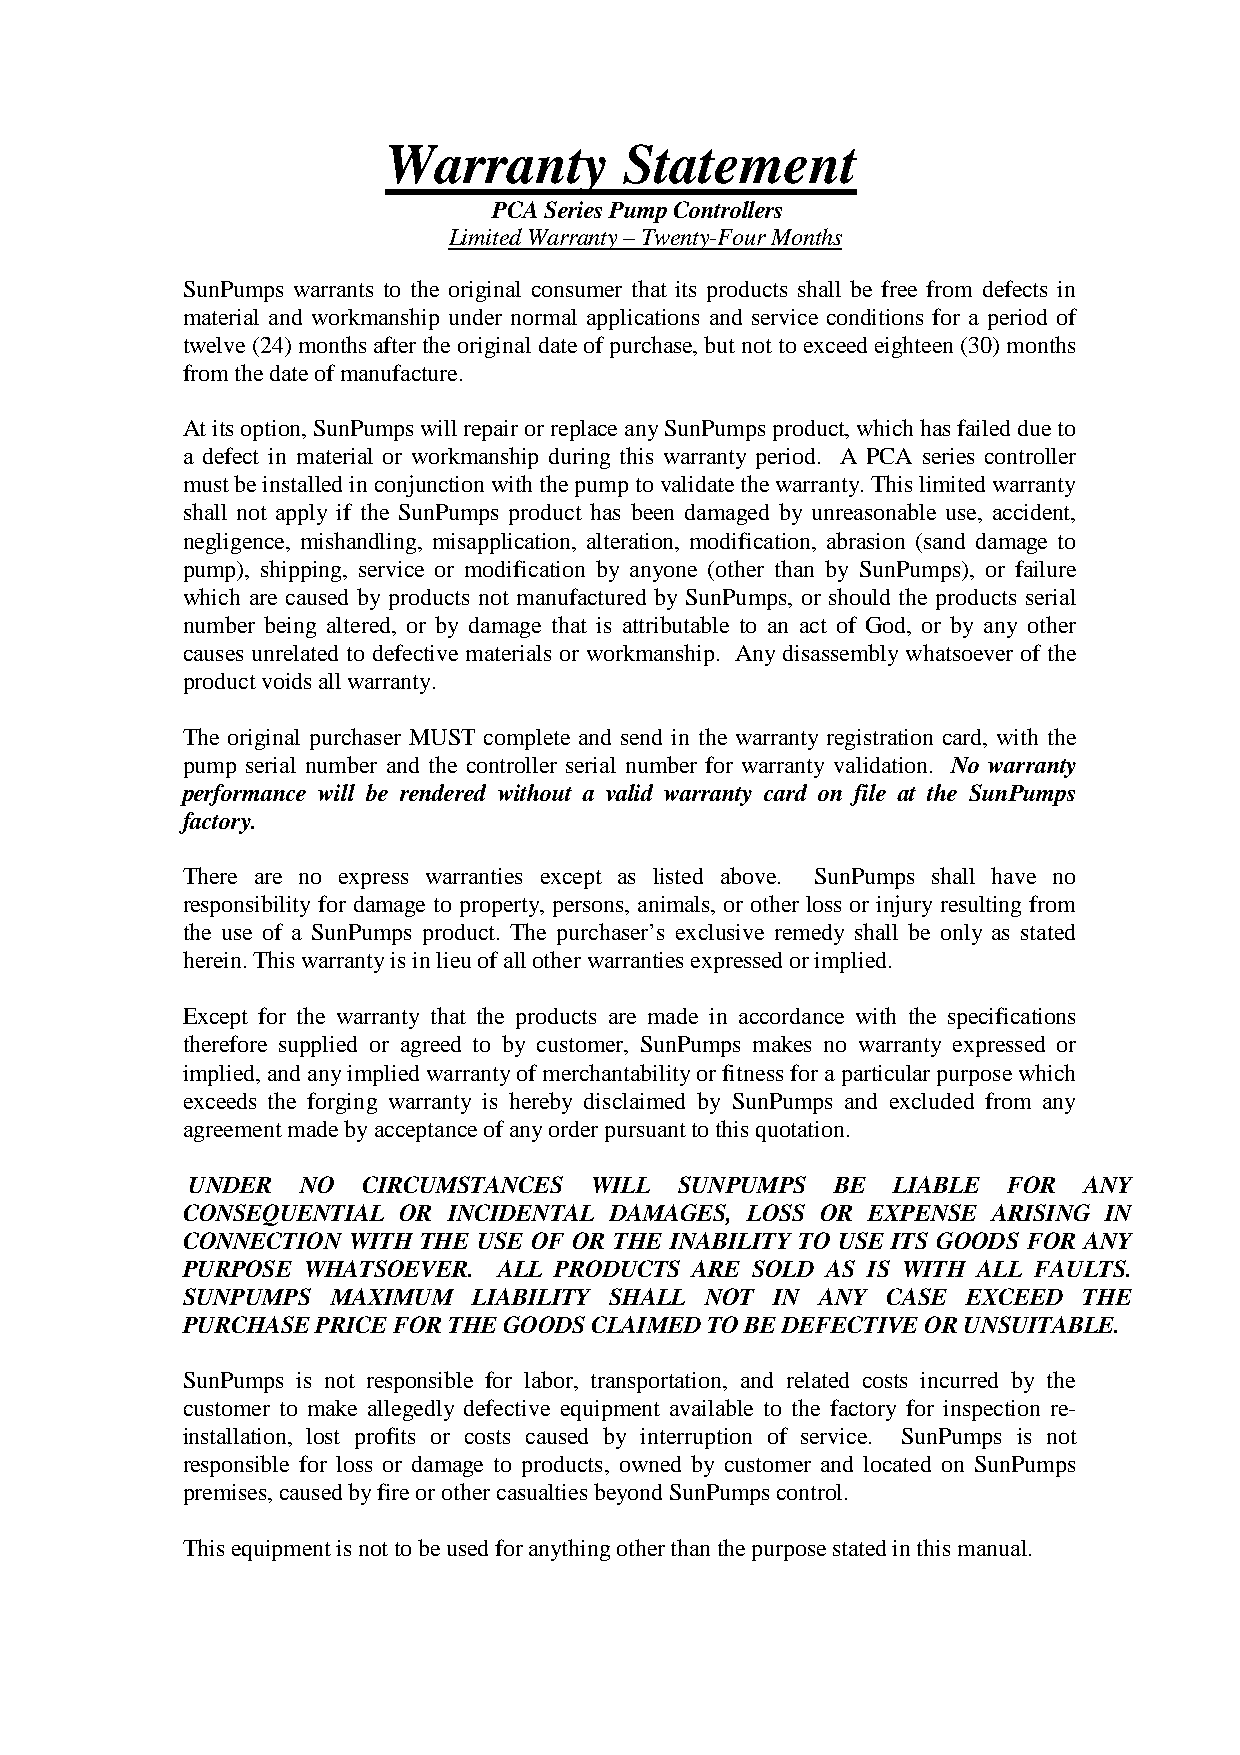
Warranty        Statement
 PCASeriesPumpControllers
 LimitedWarranty–Twenty-FourMonths
 SunPumps warrants to the original consumer that its products shall be free from defects in
 material and workmanship under normal applications and service conditions for a period of
 twelve(24)monthsaftertheoriginaldateofpurchase,butnottoexceedeighteen(30)months
 fromthedateofmanufacture.
 Atitsoption,SunPumpswillrepairorreplaceanySunPumpsproduct,whichhasfaileddueto
 a defect in material or workmanship during this warranty period. A PCA series controller
 mustbeinstalledinconjunctionwiththepumptovalidatethewarranty.Thislimitedwarranty
 shall not apply if the SunPumps product has been damaged by unreasonable use, accident,
 negligence, mishandling, misapplication, alteration, modification, abrasion (sand damage to
 pump), shipping, service or modification by anyone (other than by SunPumps), or failure
 which are caused by products not manufactured by SunPumps, or should the products serial
 number being altered, or by damage that is attributable to an act of God, or by any other
 causes unrelated to defective materials or workmanship. Any disassemblywhatsoever of the
 productvoidsallwarranty.
 The original purchaser MUST complete and send in the warranty registration card, with the
 pump serial number and the controller serial number for warranty validation. No warranty
 performance will be rendered without a valid warranty card on file at the SunPumps
 factory.
 There are no express warranties except as listed above. SunPumps shall have no
 responsibility for damage to property, persons, animals, or other loss or injury resulting from
 the use of a SunPumps product. The purchaser’s exclusive remedy shall be only as stated
 herein.Thiswarrantyisinlieuofallotherwarrantiesexpressedorimplied.
 Except for the warranty that the products are made in accordance with the specifications
 therefore supplied or agreed to by customer, SunPumps makes no warranty expressed or
 implied,andanyimpliedwarrantyofmerchantabilityorfitnessforaparticularpurposewhich
 exceeds the forging warranty is hereby disclaimed by SunPumps and excluded from any
 agreementmadebyacceptanceofanyorderpursuanttothisquotation.
 UNDER   NO  CIRCUMSTANCES  WILL  SUNPUMPS  BE  LIABLE  FOR  ANY
 CONSEQUENTIAL OR  INCIDENTAL DAMAGES, LOSS OR EXPENSE ARISING IN
 CONNECTION WITH THE USE OF OR THE INABILITY TO USE ITS GOODS FOR ANY
 PURPOSE WHATSOEVER.  ALL PRODUCTS ARE SOLD AS IS WITH ALL FAULTS.
 SUNPUMPS  MAXIMUM  LIABILITY SHALL NOT IN ANY  CASE EXCEED  THE
 PURCHASEPRICEFORTHEGOODSCLAIMEDTOBEDEFECTIVEORUNSUITABLE.
 SunPumps is not responsible for labor, transportation, and related costs incurred by the
 customer to make allegedly defective equipment available to the factory for inspection re-
 installation, lost profits or costs caused by interruption of service. SunPumps is not
 responsible for loss or damage to products, owned by customer and located on SunPumps
 premises,causedbyfireorothercasualtiesbeyondSunPumpscontrol.
 Thisequipmentisnottobeusedforanythingotherthanthepurposestatedinthismanual.